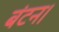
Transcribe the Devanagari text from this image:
बंटन।